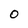
Character: 0